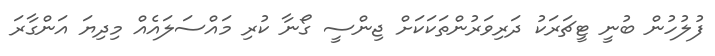
ފުލުހުން ބުނީ ޓީޗަރަކު ދަރިވަރުންތަކަކަށް ޖިންސީ ގޯނާ ކުރި މައްސަލައެއް މިދިޔަ އަންގާރަ